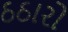
ઠઠારો